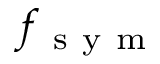
f _ { \mathrm { ~ s ~ y ~ m ~ } }